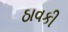
ઠાવકી